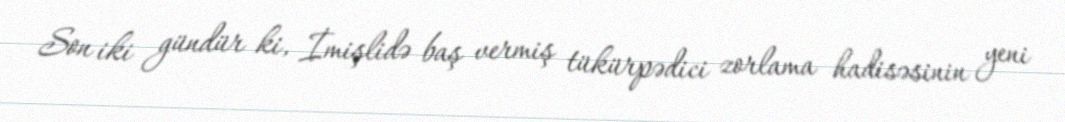
Son iki gündür ki, İmişlidə baş vermiş tükürpədici zorlama hadisəsinin yeni